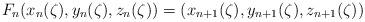
LaTeX: \begin{align*}F_n(x_n(\zeta),y_n(\zeta),z_n(\zeta))=(x_{n+1}(\zeta) ,y_{n+1}(\zeta), z_{n+1}(\zeta))\end{align*}